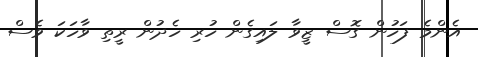
އެންމެ ފަހުން ގޮސް ޒީވާ ލައިގެން ހުރި ހެދުން ރީތި ވާހަކަ ވެސް